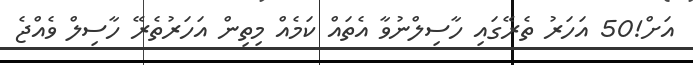
އަށް!50 އަހަރު ތެރޭގައި ހާސިލްނުވާ އެތައް ކަމެއް މިތިން އަހަރުތެރޭ ހާސިލް ވެއްޖެ